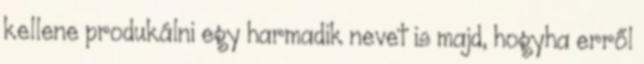
kellene produkálni egy harmadik nevet is majd, hogyha erről